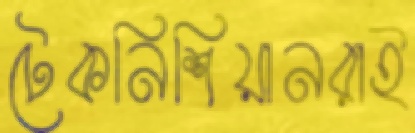
টেকনিশিয়ানরাই